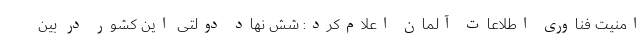
امنیت فناوری اطلاعات آلمان اعلام‌کرد: شش نهاد دولتی این کشور در بین